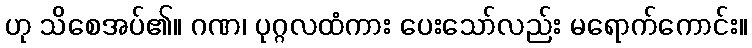
ဟု သိစေအပ်၏။ ဂဏ၊ ပုဂ္ဂလထံကား ပေးသော်လည်း မရောက်ကောင်း။